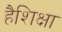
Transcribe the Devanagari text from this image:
हैशिक्षा